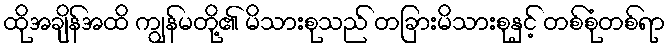
ထိုအချိန်အထိ ကျွန်မတို့၏ မိသားစုသည် တခြားမိသားစုနှင့် တစ်စုံတစ်ရာ